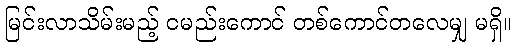
မြင်းလာသိမ်းမည့် ငမည်းကောင် တစ်ကောင်တလေမျှ မရှိ။